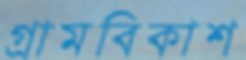
গ্রামবিকাশ